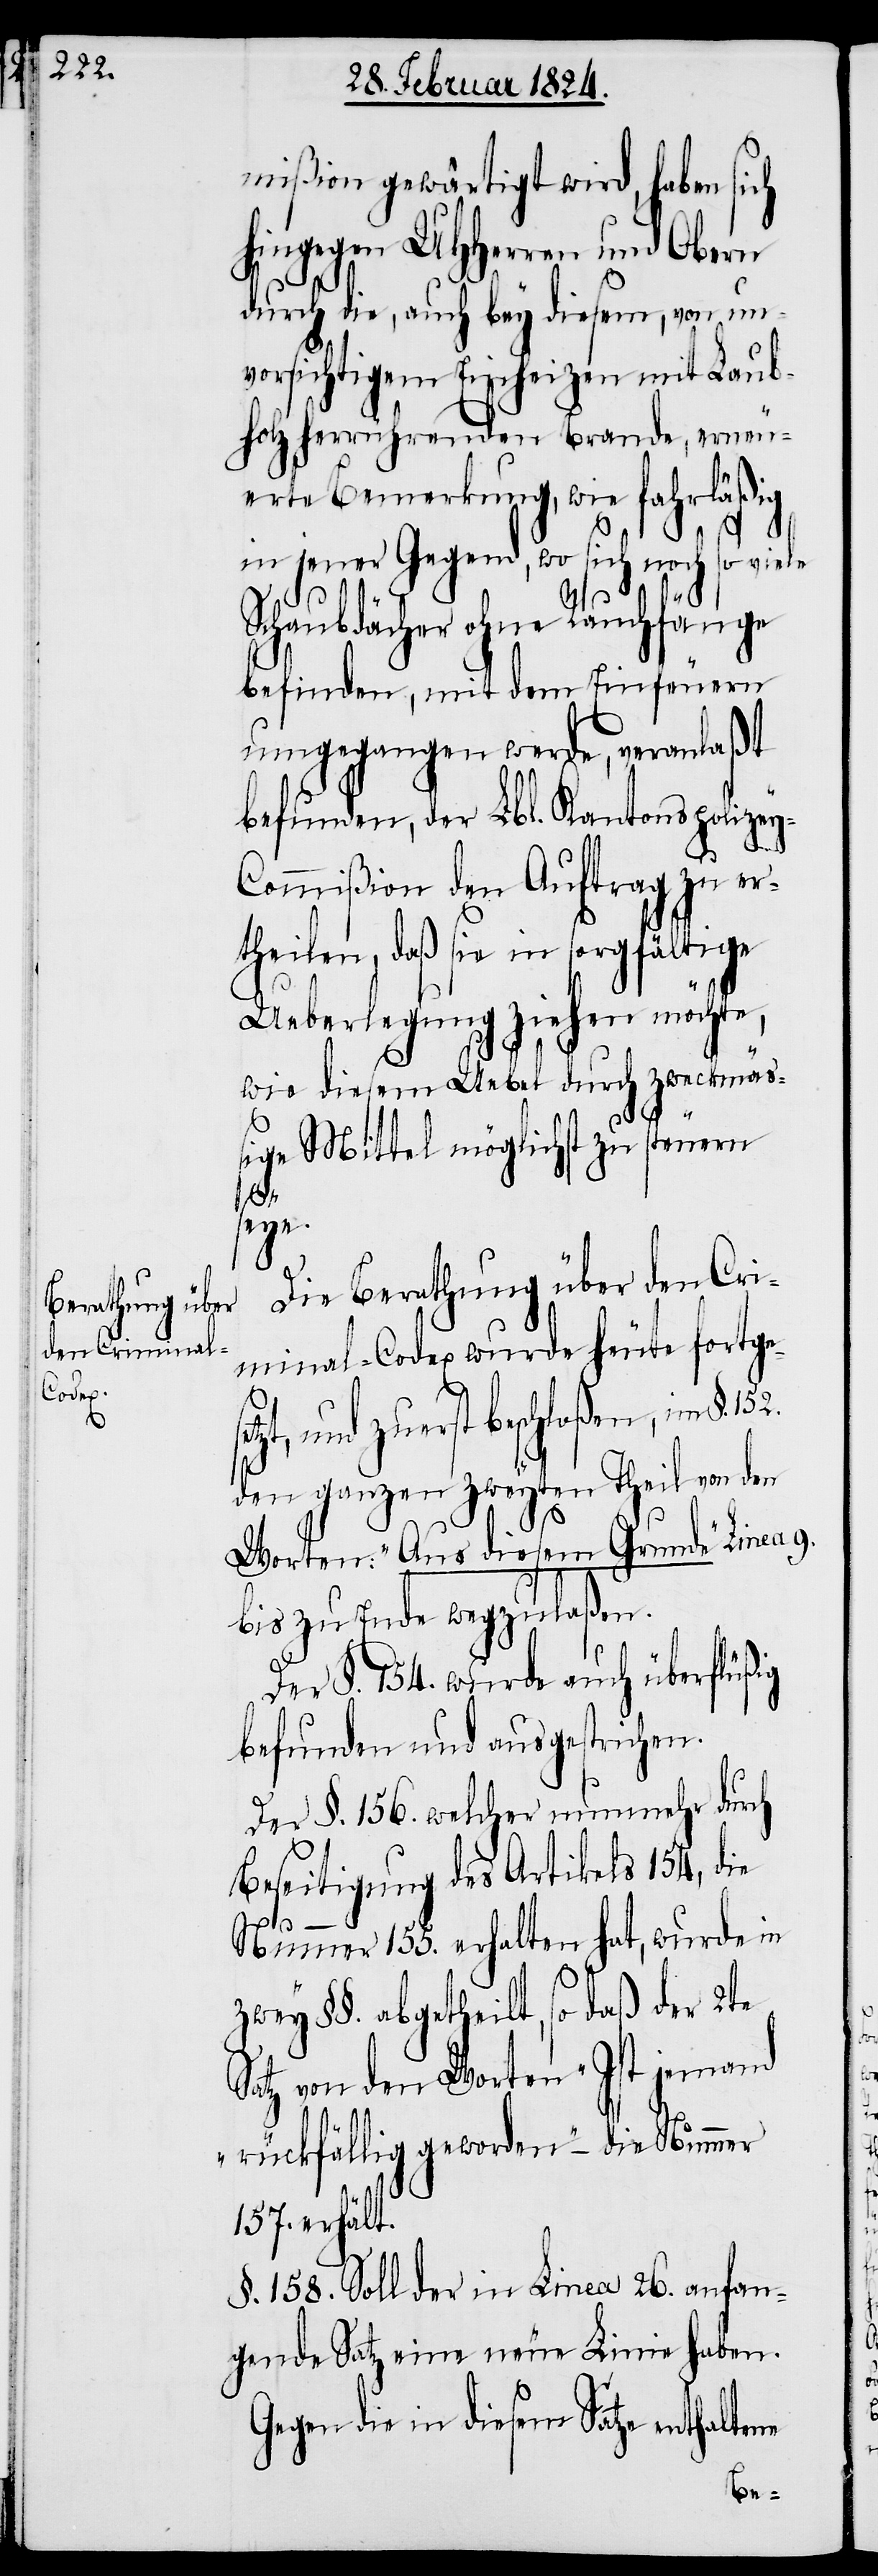
mißion gewärtigt wird, haben sich
hingegen UHHerren und Obern
durch die, auch bey diesem, von un¬
vorsichtigem Einheizen mit Laub¬
holz herrührenden Brande, erneu¬
erte Bemerkung, wie fahrläßig
in jener Gegend, wo sich noch so viele
Schaubdächer ohne Rauchfänge
befinden, mit dem Einfeuern
umgegangen werde, veranlaßt
befunden, der Lbl. Kantonspolize¬
ommißion den Auftrag zu er¬
theilen, daß sie in sorgfältige
Ueberlegung ziehen möchte,
wie diesem Uebel durch zweckmä¬
ßige Mittel möglichst zu steuern
152.
ne
Die Berathung über den Cri¬
minal-Codex wurde heute fortge¬
zt, und zuerst beschloßen, im §.
den ganzen zweyten Theil von den
Worten: „Aus diesem Grunde“ Linea 9.
bis zu Ende wegzulaßen.
befunden und ausgestrichen.
Der §. 156. welcher nunmehr durch
Beseitigung des Artikels 154, die
Nummer 155. erhalten hat, wurde in
zwey §§. abgetheilt, so daß der 2te
Satz von den Worten „Ist jemand
rückfällig geworden“ – die Nummer
157. erhält.
§. 158. Soll der in Linea 26. anfan¬
gende Satz eine neue Linie haben.
Gegen die in diesem Satze enthalte¬